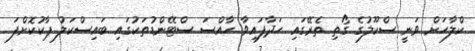
ކްލާހަށް ވަނީ ސްކޫލުގެ ގޯތި ތެރޭގައި ހަދާފައިވާ ހާއްސަ ސްޓޭންޑުތަކުގައި ބައިސްކަލު ޕާކުކޮށްފަ